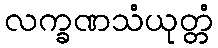
လက္ခဏသံယုတ္တံ